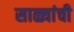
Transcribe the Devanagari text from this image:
साळ्यांची